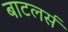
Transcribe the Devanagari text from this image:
बाटलर्स